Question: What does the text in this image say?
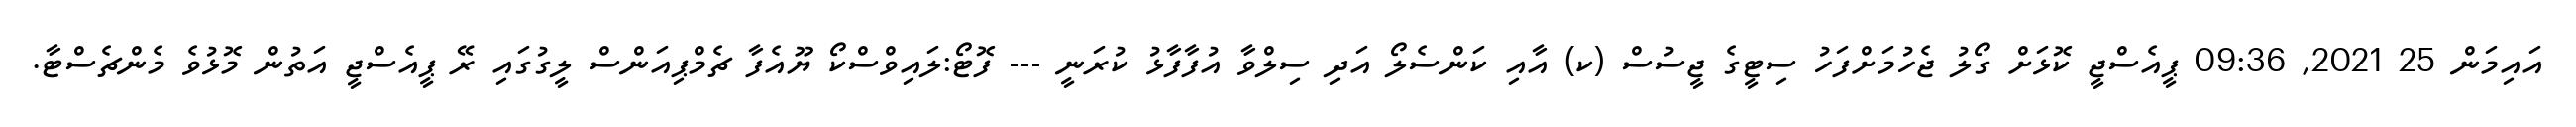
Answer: އައިމަން 25 2021, 09:36 ޕީއެސްޖީ ކޮޅަށް ގޯލު ޖެހުމަށްފަހު ސިޓީގެ ޖީސުސް (ކ) އާއި ކަންސެލޯ އަދި ސިލްވާ އުފާފާޅު ކުރަނީ --- ފޮޓޯ:ލައިވްސްކޯ ޔޫއެފާ ޗެމްޕިއަންސް ލީގުގައި ރޭ ޕީއެސްޖީ އަތުން މޮޅުވެ މެންޗެސްޓާ.